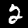
Digit: 2